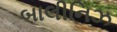
બાલીનિઝ